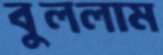
বুললাম